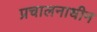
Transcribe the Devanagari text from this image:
प्रचालनाधीन